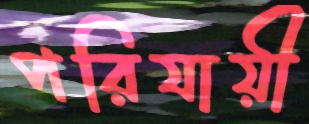
পরিযায়ী